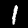
Label: 1